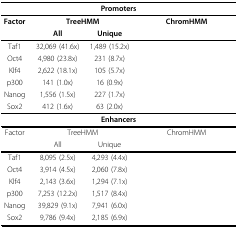
<table><thead><tr><td colspan="5"><b>Promoters</b></td></tr></thead><tbody><tr><td><b>Factor</b></td><td colspan="2"><b>TreeHMM</b></td><td colspan="2"><b>ChromHMM</b></td></tr><tr><td>[EMPTY_CELL]</td><td><b>All</b></td><td><b>Unique</b></td><td>[EMPTY_CELL]</td><td>[EMPTY_CELL]</td></tr><tr><td>Taf1</td><td>32,069 (41.6x)</td><td>1,489 (15.2x)</td><td>[EMPTY_CELL]</td><td>[EMPTY_CELL]</td></tr><tr><td>Oct4</td><td>4,980 (23.8x)</td><td>231 (8.7x)</td><td>[EMPTY_CELL]</td><td>[EMPTY_CELL]</td></tr><tr><td>Klf4</td><td>2,622 (18.1x)</td><td>105 (5.7x)</td><td>[EMPTY_CELL]</td><td>[EMPTY_CELL]</td></tr><tr><td>p300</td><td>141 (1.0x)</td><td>16 (0.9x)</td><td>[EMPTY_CELL]</td><td>[EMPTY_CELL]</td></tr><tr><td>Nanog</td><td>1,556 (1.5x)</td><td>227 (1.7x)</td><td>[EMPTY_CELL]</td><td>[EMPTY_CELL]</td></tr><tr><td>Sox2</td><td>412 (1.6x)</td><td>63 (2.0x)</td><td>[EMPTY_CELL]</td><td>[EMPTY_CELL]</td></tr><tr><td colspan="5"><b>Enhancers</b></td></tr><tr><td>Factor</td><td colspan="2">TreeHMM</td><td colspan="2">ChromHMM</td></tr><tr><td>[EMPTY_CELL]</td><td>All</td><td>Unique</td><td>[EMPTY_CELL]</td><td>[EMPTY_CELL]</td></tr><tr><td>Taf1</td><td>8,095 (2.5x)</td><td>4,293 (4.4x)</td><td>[EMPTY_CELL]</td><td>[EMPTY_CELL]</td></tr><tr><td>Oct4</td><td>3,914 (4.5x)</td><td>2,060 (7.8x)</td><td>[EMPTY_CELL]</td><td>[EMPTY_CELL]</td></tr><tr><td>Klf4</td><td>2,143 (3.6x)</td><td>1,294 (7.1x)</td><td>[EMPTY_CELL]</td><td>[EMPTY_CELL]</td></tr><tr><td>p300</td><td>7,253 (12.2x)</td><td>1,517 (8.4x)</td><td>[EMPTY_CELL]</td><td>[EMPTY_CELL]</td></tr><tr><td>Nanog</td><td>39,829 (9.1x)</td><td>7,941 (6.0x)</td><td>[EMPTY_CELL]</td><td>[EMPTY_CELL]</td></tr><tr><td>Sox2</td><td>9,786 (9.4x)</td><td>2,185 (6.9x)</td><td>[EMPTY_CELL]</td><td>[EMPTY_CELL]</td></tr></tbody></table>